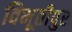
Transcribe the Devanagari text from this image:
विभूतीपुर